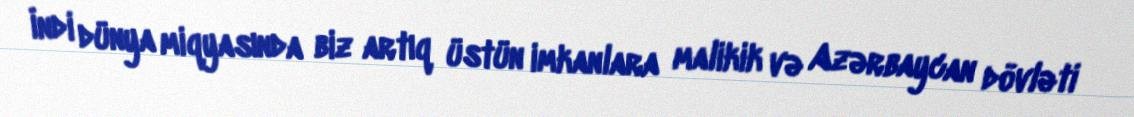
İndi dünya miqyasında biz artıq üstün imkanlara malikik və Azərbaycan dövləti